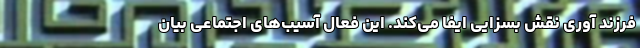
فرزند آوری نقش بسزایی ایفا می‌کند. این فعال آسیب‌های اجتماعی بیان